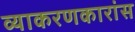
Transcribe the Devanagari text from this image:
व्याकरणकारांस